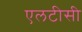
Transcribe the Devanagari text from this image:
एलटीसी